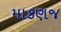
માકણજ